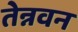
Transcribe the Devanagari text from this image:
तेन्नवन